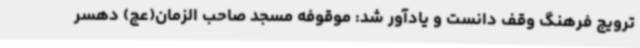
ترویج فرهنگ وقف دانست و یادآور شد: موقوفه مسجد صاحب الزمان(عج) دهسر